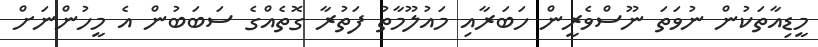
މީޑިއާތަކުން ނުވަތަ ނޫސްވެރީން ހަބަރާއި މައުލޫމާތު ފަތުރާ ގޮތެއްގެ ސަބަބުން އެ މީހުންނަށް